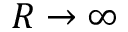
R \rightarrow \infty